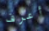
أعرف